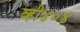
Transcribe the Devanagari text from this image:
व्ही४०४